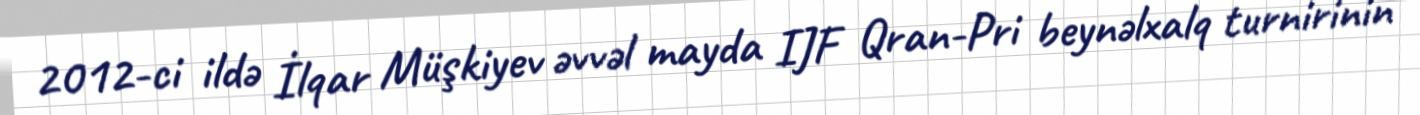
2012-ci ildə İlqar Müşkiyev əvvəl mayda IJF Qran-Pri beynəlxalq turnirinin